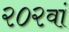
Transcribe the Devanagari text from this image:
२०२वां